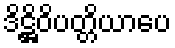
ဒိဋ္ဌိဝိပတ္တိယာပေ